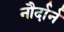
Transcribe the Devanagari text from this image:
नौर्दार्न